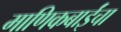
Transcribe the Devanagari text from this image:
माणिकबाईंचा